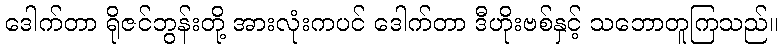
ဒေါက်တာ ရိုဇင်ဘွန်းတို့ အားလုံးကပင် ဒေါက်တာ ဒီဟိုးဗစ်နှင့် သဘောတူကြသည်။